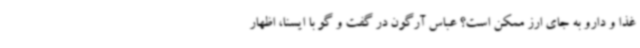
غذا و دارو به جای ارز ممکن است؟ عباس آرگون در گفت و گو با ایسنا، اظهار